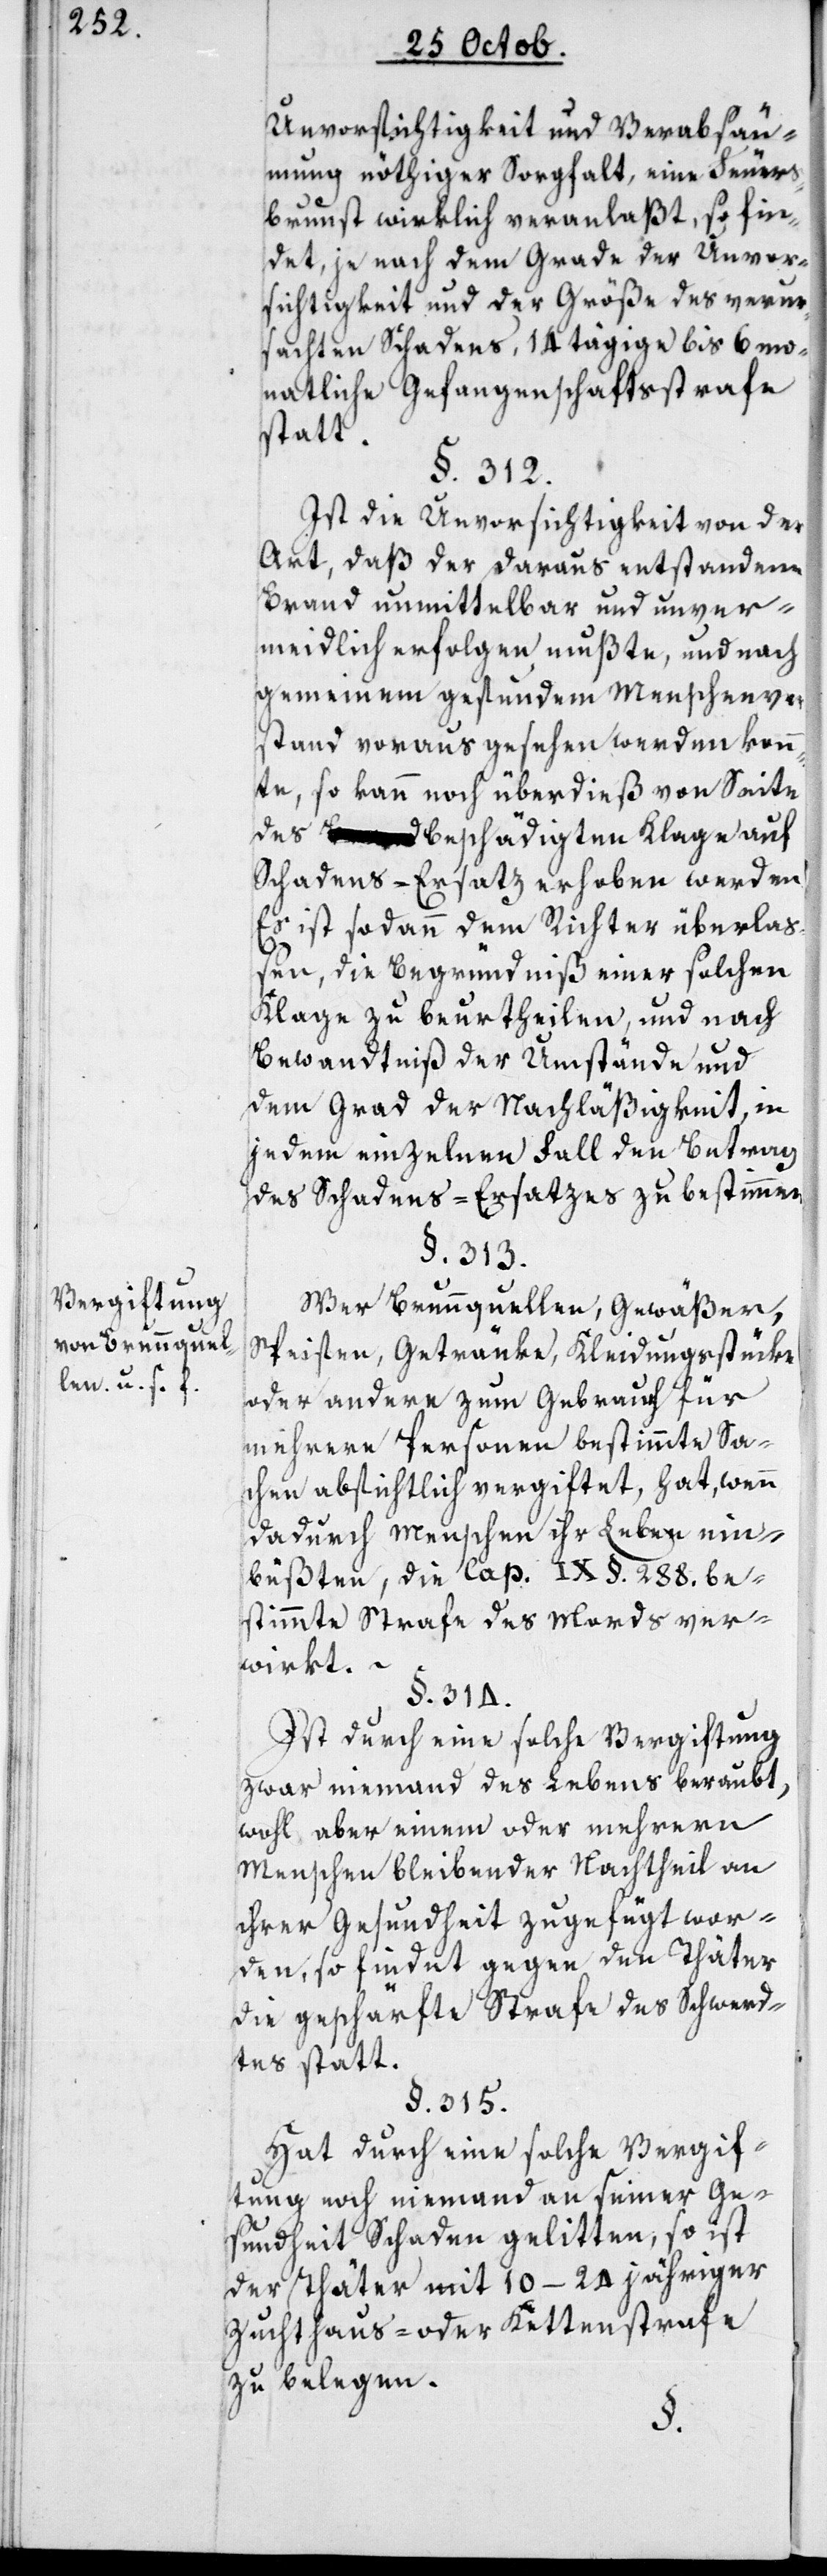
Vergiftung
von Brunnquel¬
len u. s. f.

Unvorsichtigkeit und Verabsäu¬
mung nöthiger Sorgfalt, eine Feuers¬
brunst wirklich veranlaßt, so fin¬
det, je nach dem Grade der Unvor¬
sichtigkeit und der Größe des verur¬
sachten Schadens, 14 tägige bis 6 mo¬
natliche Gefangenschaftsstrafe
statt.
§. 312.
Ist die Unvorsichtigkeit von der
Art, daß der daraus entstandene
Brand unmittelbar und unver¬
meidlich erfolgen mußte, und nach
gemeinem gesunden Menschenver¬
stand voraus gesehen werden konn¬
te, so kann noch überdies von Seite
des Beschädigten Klage auf
Schadens-Ersatz erhoben werden.
Es ist sodann dem Richter überlas¬
sen, die Begründniß einer solchen
Klage zu beurtheilen, und nach
Bewandtniß der Umstände und
dem Grad der Nachläßigkeit, in
jedem einzelnen Fall den Betrag
des Schadens-Ersatzes zu bestimmen.
§. 313.
Wer Brunnquellen, Gewäßer,
Speisen, Getränke, Kleidungsstücke
oder andere zum Gebrauch für
mehrere Personen bestimmte Sa¬
chen absichtlich vergiftet, hat, wenn
dadurch Menschen ihr Leben ein¬
büßten, die Cap. IX §. 288 be¬
stimmte Strafe des Mords ver¬
wirkt.
§. 314.
Ist durch eine solche Vergiftung
zwar niemand des Lebens beraubt,
wohl aber einem oder mehrern
Menschen bleibender Nachtheil an
ihrer Gesundheit zugefügt wor¬
den, so findet gegen den Thäter
die geschärfte Strafe des Schwerd¬
tes statt.
§. 315.
Hat durch eine solche Vergif¬
tung noch niemand an seiner Ge¬
sundheit Schaden gelitten, so ist
der Thäter mit 10–24 jähriger
Zuchthaus- oder Kettenstrafe
zu belegen.